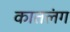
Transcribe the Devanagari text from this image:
कातलंग